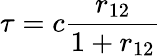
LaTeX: \tau=c\frac{r_{12}}{1+r_{12}}